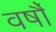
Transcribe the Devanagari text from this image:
वर्षौं